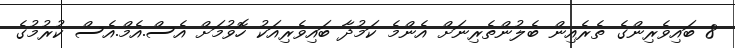
8 ބައިވެރިންގެ ތެރެއިން ބެލުންތެރިނަށް އެންމެ ކަމުދާ ބައިވެރިއަކު ހޮވުމަށް އެސް.އެމް.އެސް ކުރުމުގެ